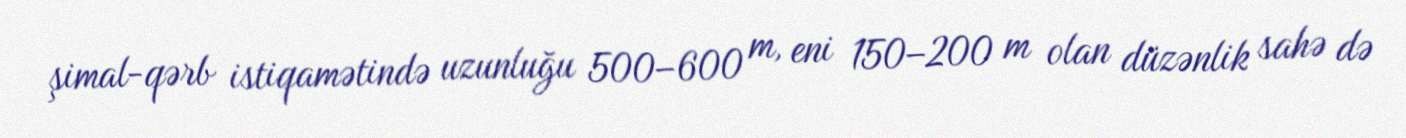
şimal-qərb istiqamətində uzunluğu 500–600 m, eni 150–200 m olan düzənlik sahə də